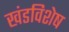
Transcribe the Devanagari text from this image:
खंडविशेष